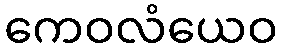
ကေဝလံယေဝ